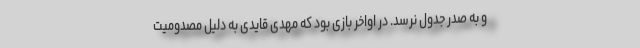
و به صدر جدول نرسد. در اواخر بازی بود که مهدی قایدی به دلیل مصدومیت